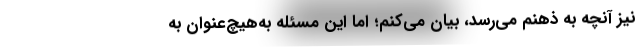
نیز آنچه به ذهنم می‌رسد، بیان می‌کنم؛ اما این مسئله به‌هیچ‌عنوان به